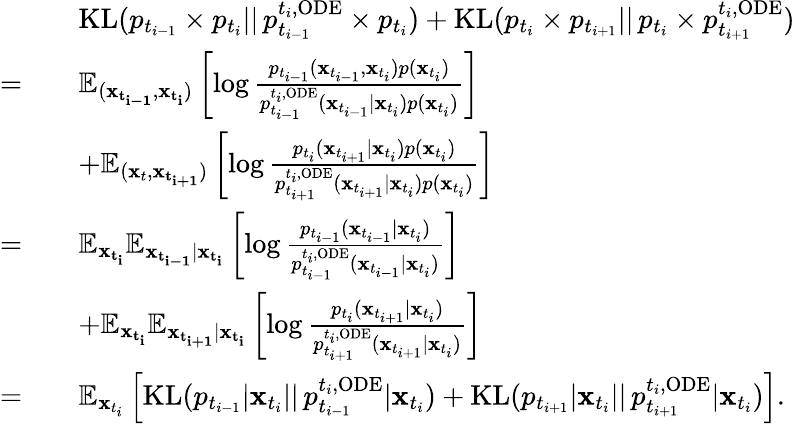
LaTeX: \begin{array}{rl}&{\quad\mathrm{KL}(p_{t_{i-1}}\times p_{t_{i}}||\, p_{t_{i-1}}^{t_{i},\mathrm{ODE}}\times p_{t_{i}})+\mathrm{KL}(p_{t_{i}}\times p_{t_{i+1}}||\, p_{t_{i}}\times p_{t_{i+1}}^{t_{i},\mathrm{ODE}})}\\ {=}&{\quad\mathbb{E}_{(\mathbf{x_{t_{i-1}}},\mathbf{x_{t_{i}}})}\left[\log\frac{p_{t_{i-1}}(\mathbf{x}_{t_{i-1}},\mathbf{x}_{t_{i}})p(\mathbf{x}_{t_{i}})}{p_{t_{i-1}}^{t_{i},\mathrm{ODE}}(\mathbf{x}_{t_{i-1}}|\mathbf{x}_{t_{i}})p(\mathbf{x}_{t_{i}})}\right]}\\ &{\quad+\mathbb{E}_{(\mathbf{x}_{t},\mathbf{x_{t_{i+1}}})}\left[\log\frac{p_{t_{i}}(\mathbf{x}_{t_{i+1}}|\mathbf{x}_{t_{i}})p(\mathbf{x}_{t_{i}})}{p_{t_{i+1}}^{t_{i},\mathrm{ODE}}(\mathbf{x}_{t_{i+1}}|\mathbf{x}_{t_{i}})p(\mathbf{x}_{t_{i}})}\right]}\\ {=}&{\quad\mathbb{E}_{\mathbf{x_{t_{i}}}}\mathbb{E}_{\mathbf{x_{t_{i-1}}}|\mathbf{x_{t_{i}}}}\left[\log\frac{p_{t_{i-1}}(\mathbf{x}_{t_{i-1}}|\mathbf{x}_{t_{i}})}{p_{t_{i-1}}^{t_{i},\mathrm{ODE}}(\mathbf{x}_{t_{i-1}}|\mathbf{x}_{t_{i}})}\right]}\\ &{\quad+\mathbb{E}_{\mathbf{x_{t_{i}}}}\mathbb{E}_{\mathbf{x_{t_{i+1}}}|\mathbf{x_{t_{i}}}}\left[\log\frac{p_{t_{i}}(\mathbf{x}_{t_{i+1}}|\mathbf{x}_{t_{i}})}{p_{t_{i+1}}^{t_{i},\mathrm{ODE}}(\mathbf{x}_{t_{i+1}}|\mathbf{x}_{t_{i}})}\right]}\\ {=}&{\quad\mathbb{E}_{\mathbf{x}_{t_{i}}}\left[\mathrm{KL}(p_{t_{i-1}}|\mathbf{x}_{t_{i}}||\, p_{t_{i-1}}^{t_{i},\mathrm{ODE}}|\mathbf{x}_{t_{i}})+\mathrm{KL}(p_{t_{i+1}}|\mathbf{x}_{t_{i}}||\, p_{t_{i+1}}^{t_{i},\mathrm{ODE}}|\mathbf{x}_{t_{i}})\right].}\end{array}